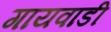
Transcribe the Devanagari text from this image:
गायवाडी